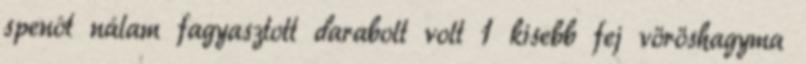
spenót nálam fagyasztott darabolt volt 1 kisebb fej vöröshagyma